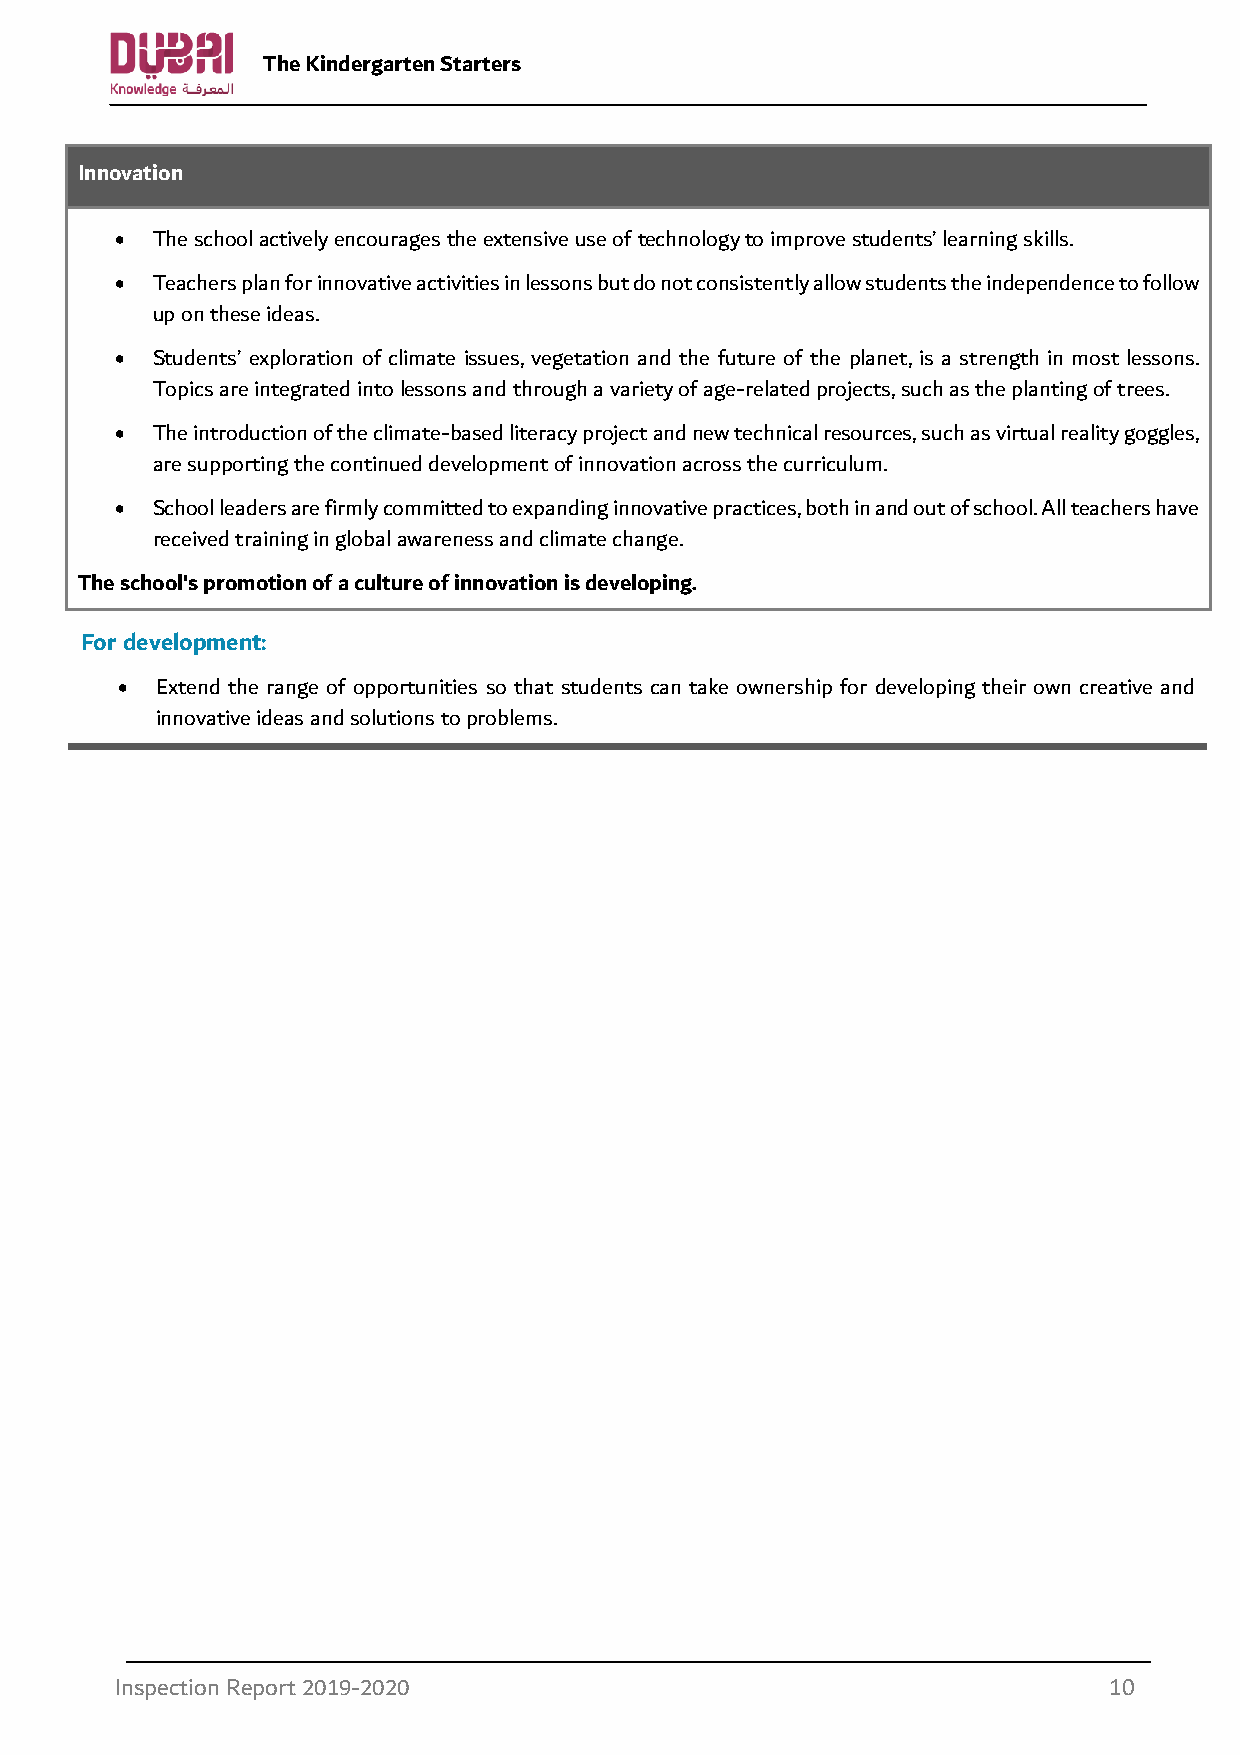
The Kindergarten Starters
 Innovation
 • The school actively encourages the extensive use of technology to improve students’ learning skills.
 • Teachers plan for innovative activities in lessons but do not consistently allow students the independence to follow
 up on these ideas.
 • Students’ exploration of climate issues, vegetation and the future of the planet, is a strength in most lessons.
 Topics are integrated into lessons and through a variety of age-related projects, such as the planting of trees.
 • The introduction of the climate-based literacy project and new technical resources, such as virtual reality goggles,
 are supporting the continued development of innovation across the curriculum.
 • School leaders are firmly committed to expanding innovative practices, both in and out of school. All teachers have
 received training in global awareness and climate change.
 • The school's promotion of a culture of innovation is developing.
 For development:
 • Extend the range of opportunities so that students can take ownership for developing their own creative and
 innovative ideas and solutions to problems.
 Inspection Report 2019-2020                                      10